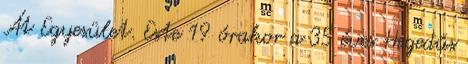
Át Egyesület. Este 19 órakor a 35 éves Hegedűs